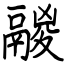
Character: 鬷